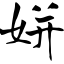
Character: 姘